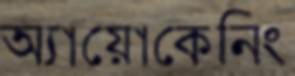
অ্যায়োকেনিং